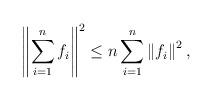
LaTeX: \begin{align*} \left\|\sum_{i=1}^nf_i\right\|^2 &\le n \sum_{i=1}^n \left\|f_i\right\|^2, \end{align*}